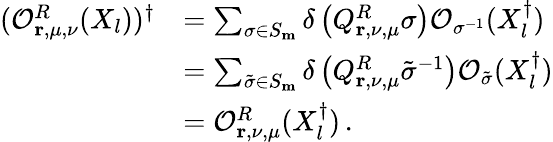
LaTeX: \begin{array}{rl}{(\mathcal{O}_{\mathbf{r},\mu,\nu}^{R}(X_{l}))^{\dagger}}&{=\sum_{\sigma\in S_{\mathbf{m}}}\delta\left(Q_{\mathbf{r},\nu,\mu}^{R}\sigma\right)\mathcal{O}_{\sigma^{-1}}(X_{l}^{\dagger})}\\ &{=\sum_{\tilde{\sigma}\in S_{\mathbf{m}}}\delta\left(Q_{\mathbf{r},\nu,\mu}^{R}\tilde{\sigma}^{-1}\right)\mathcal{O}_{\tilde{\sigma}}(X_{l}^{\dagger})}\\ &{=\mathcal{O}_{\mathbf{r},\nu,\mu}^{R}(X_{l}^{\dagger})\, .}\end{array}